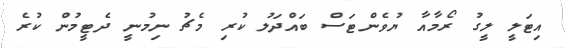
އިޓަލީ ލީގު ރޯމާއާ ޔުވެންޓަސް ބައްދަލު ކުރި މެޗު ނިމުނީ ދެޓީމުން ކުރެ